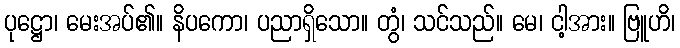
ပုဋ္ဌော၊ မေးအပ်၏။ နိပကော၊ ပညာရှိသော။ တွံ၊ သင်သည်။ မေ၊ ငါ့အား။ ဗြူဟိ၊